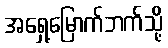
အရှေ့မြောက်ဘက်သို့